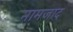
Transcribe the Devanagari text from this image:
नामजाद